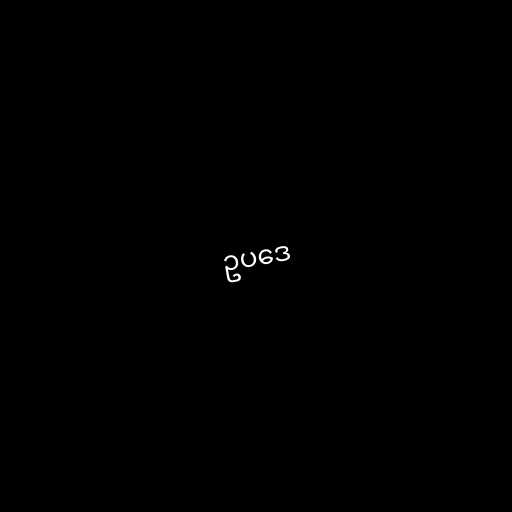
ဥပဒေ